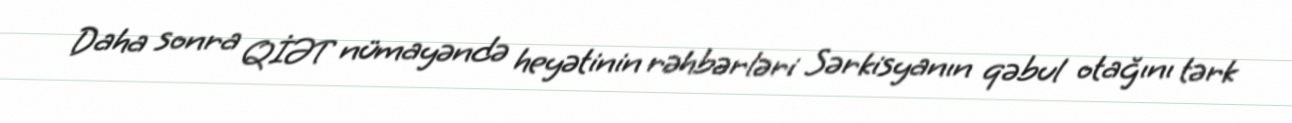
Daha sonra QİƏT nümayəndə heyətinin rəhbərləri Sərkisyanın qəbul otağını tərk